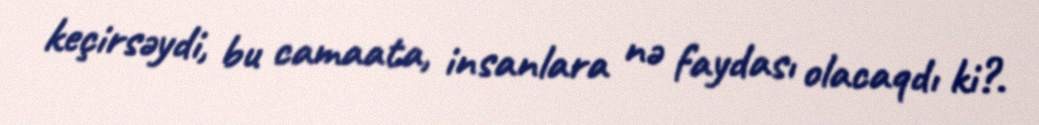
keçirsəydi, bu camaata, insanlara nə faydası olacaqdı ki?.